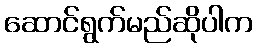
ဆောင်ရွက်မည်ဆိုပါက